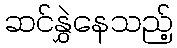
ဆင်နွှဲနေသည့်